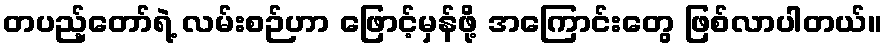
တပည့်တော်ရဲ့ လမ်းစဉ်ဟာ ဖြောင့်မှန်ဖို့ အကြောင်းတွေ ဖြစ်လာပါတယ်။